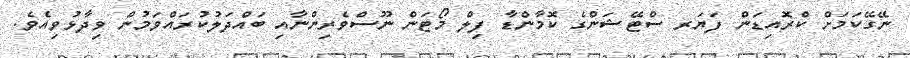
ނޭގޭކަމަށް ކްރޮއިޑަން ފަޔަރ ސްޓޭޝަންގެ ކޮމާންޑާ ފިލް މޯޓަން ނޫސްވެރިންނާއި ބައްދަލުކުރައްވަމުން ވިދާޅުވިއެވެ.